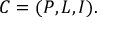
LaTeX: C = ( P , L , I ) .